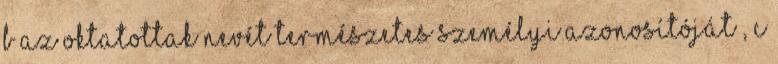
b az oktatottak nevét természetes személyi azonosítóját , c